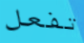
تفعل